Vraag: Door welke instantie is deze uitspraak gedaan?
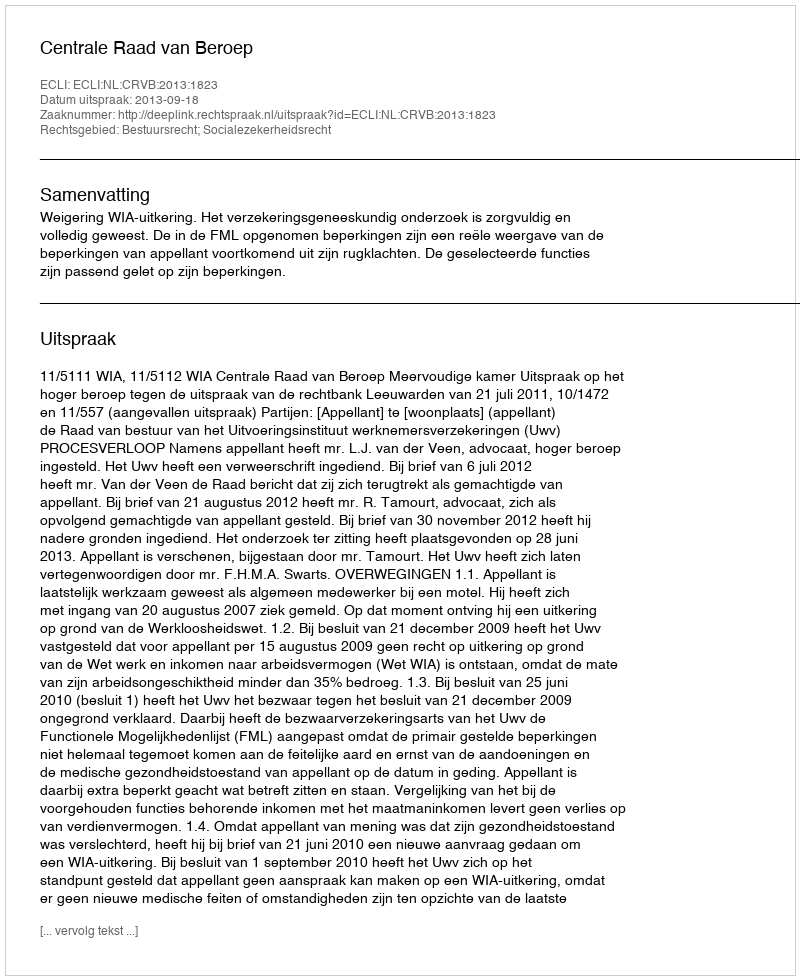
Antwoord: Centrale Raad van Beroep